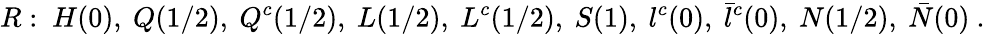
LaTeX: R:~H(0),~Q(1/2),~Q^{c}(1/2),~L(1/2),~L^{c}(1/2),~S(1),~l^{c}(0),~\bar{l}^{c}(0),~N(1/2),~\bar{N}(0)~.